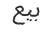
بيع